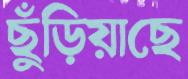
ছুঁড়িয়াছে